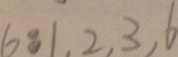
6 8 1 , 2 , 3 , 6